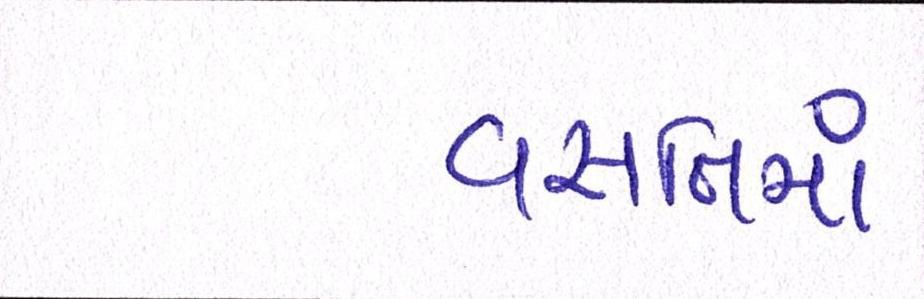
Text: વસતિમાં